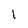
Character: 1